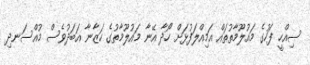
ސިއްހީ ފަހުގެ މައުލޫމާތުތައް އަމިއްލަފުޅަށް ހޯދާ އޭނާ މައުލޫމާތުގެ ހަޒާނާ އަބަދުވެސް މުއްސަނދި